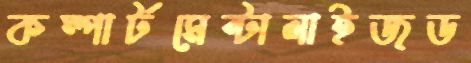
কম্পার্টমেন্টালাইজড